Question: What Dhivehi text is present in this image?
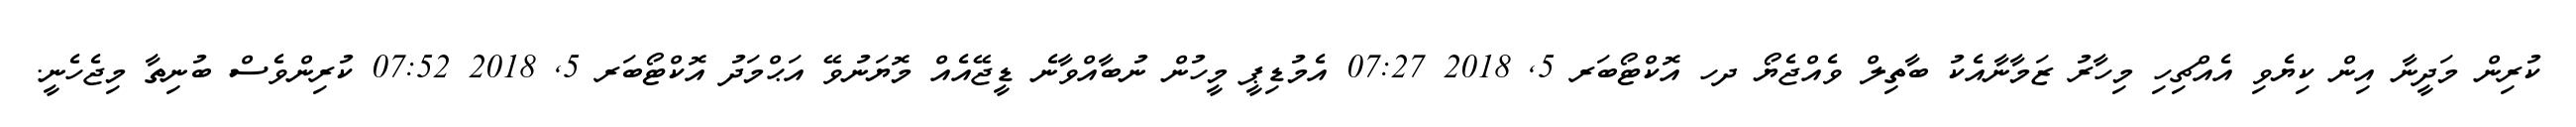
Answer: ކުރިން މަދީނާ އިން ކިޔެވި އެއްޗިހި މިހާރު ޒަމާނާއެކު ބާތިލް ވެއްޖެޔޯ ދހ އޮކްޓޯބަރ 5, 2018 07:27 އެމުޑިޕީ މީހުން ނުބާއްވާނެ ޑީޖޭއެއް މޮޔަނުވޭ އަޙްމަދު އޮކްޓޯބަރ 5, 2018 07:52 ކުރިންވެސް ބުނިތާ މިޖެހެނީ.